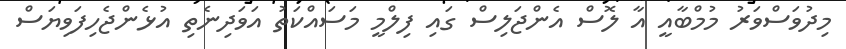
މިދުވަސްވަރު މުމްބާއީ އާ ލޮސް އެންޖަލިސް ގައި ފިލްމީ މަސައްކަތު އަވަދިނެތި އުޅެންޖެހިފަވިޔަސް